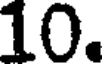
10.